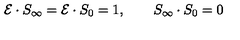
{ \cal { E } } \cdot S _ { \infty } = { \cal { E } } \cdot S _ { 0 } = 1 , \qquad S _ { \infty } \cdot S _ { 0 } = 0